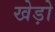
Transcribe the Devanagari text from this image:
खेड़ो